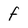
Character: f